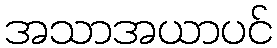
အသာအယာပင်